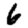
Digit: 6